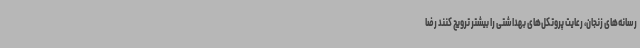
رسانه‌های زنجان، رعایت پروتکل‌های بهداشتی را بیشتر ترویج کنند رضا